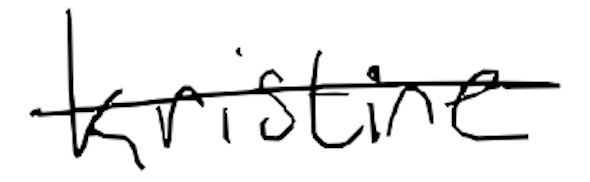
Text: Kristine
Cross-out: single-line
Writing tool: digital_black